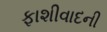
ફાશીવાદની